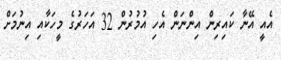
އެއީ އޭނާ ކައިރިން އިންނަން އެހި އުމުރުން 32 އަހަރުގެ މީހަކާއި އިނުމަށް